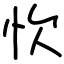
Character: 忺